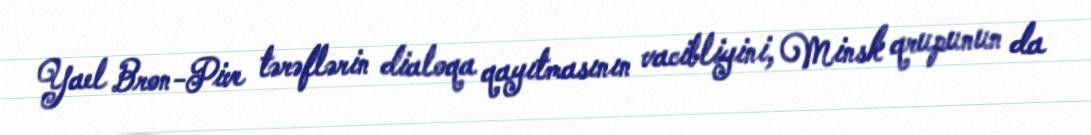
Yael Bron-Pive tərəflərin dialoqa qayıtmasının vacibliyini, Minsk qrupunun da